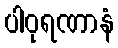
ပါဝုရဏာနံ